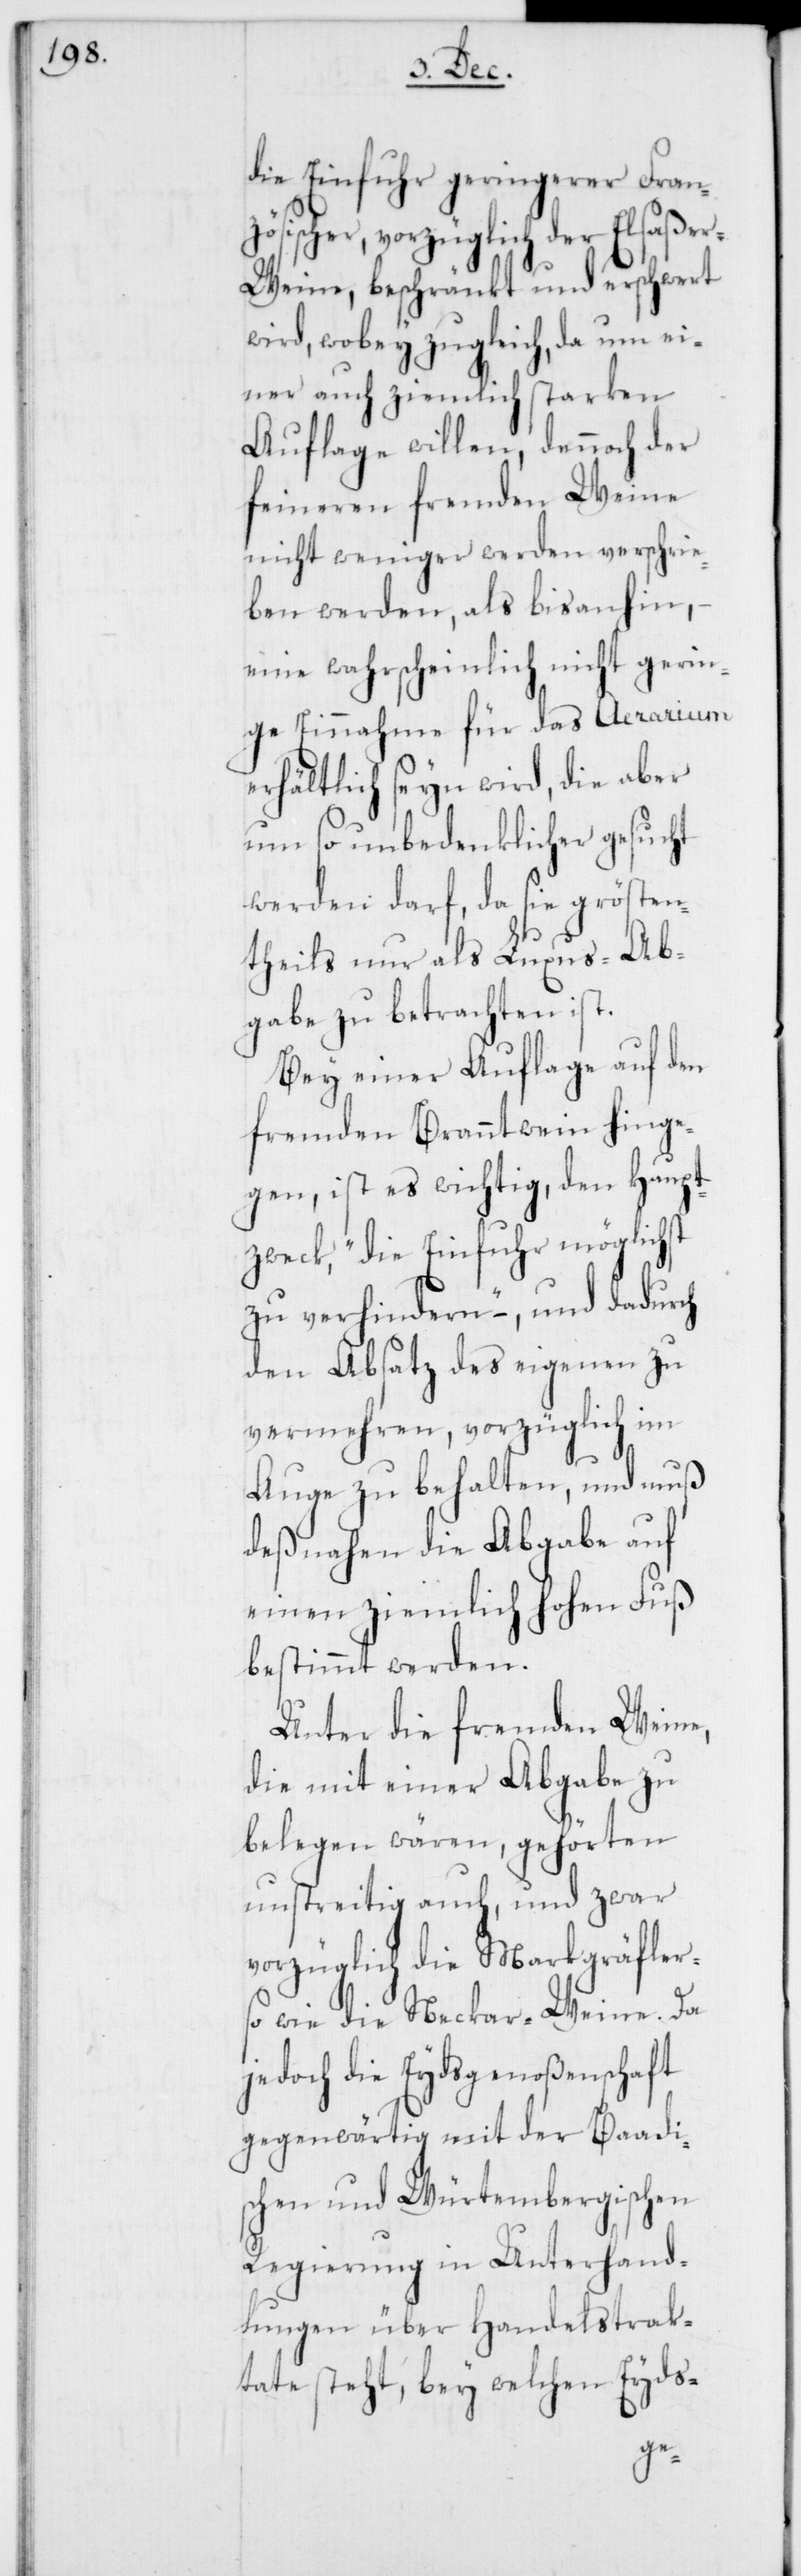
die Einfuhr geringerer Fran¬
zösischer, vorzüglich der Elsaße¬
r-Weine, beschränkt und erschwert
wird, wobey zugleich, da um ei¬
ner auch ziemlich starken
Auflage willen, dennoch der
feineren fremden Weine
nicht weniger werden verschrie¬
ben werden, als bis anhin,
eine wahrscheinlich nicht gerin¬
ge Einnahme für das Aerarium
erhältlich seyn wird, die aber
um so unbedenklicher gesucht
werden darf, da sie grösten¬
theils nur als Luxus-Ab¬
gabe zu betrachten ist.
Bey einer Auflage auf den
fremden Branntwein hinge¬
gen, ist es wichtig, den Haupt¬
zweck, „die Einfuhr möglichst
zu verhindern“ – , und dadurch
den Absatz des eigenen zu
vermehren, vorzüglich im
Auge zu behalten, und muß
desnahen die Abgabe auf
einen ziemlich hohen Fuß
bestimmt werden.
Unter die fremden Weine,
die mit einer Abgabe zu
belegen wären, gehörten
unstreitig auch, und zwar
vorzüglich die Markgräfler-
so wie die Neckar-Weine. Da
jedoch die Eydsgenoßenschaft
gegenwärtig mit der Baadi¬
schen und Würtembergischen
Regierung in Unterhand¬
lungen über Handelstrak¬
tate steht, bey welchen Eyds-